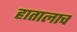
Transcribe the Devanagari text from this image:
हातालाच